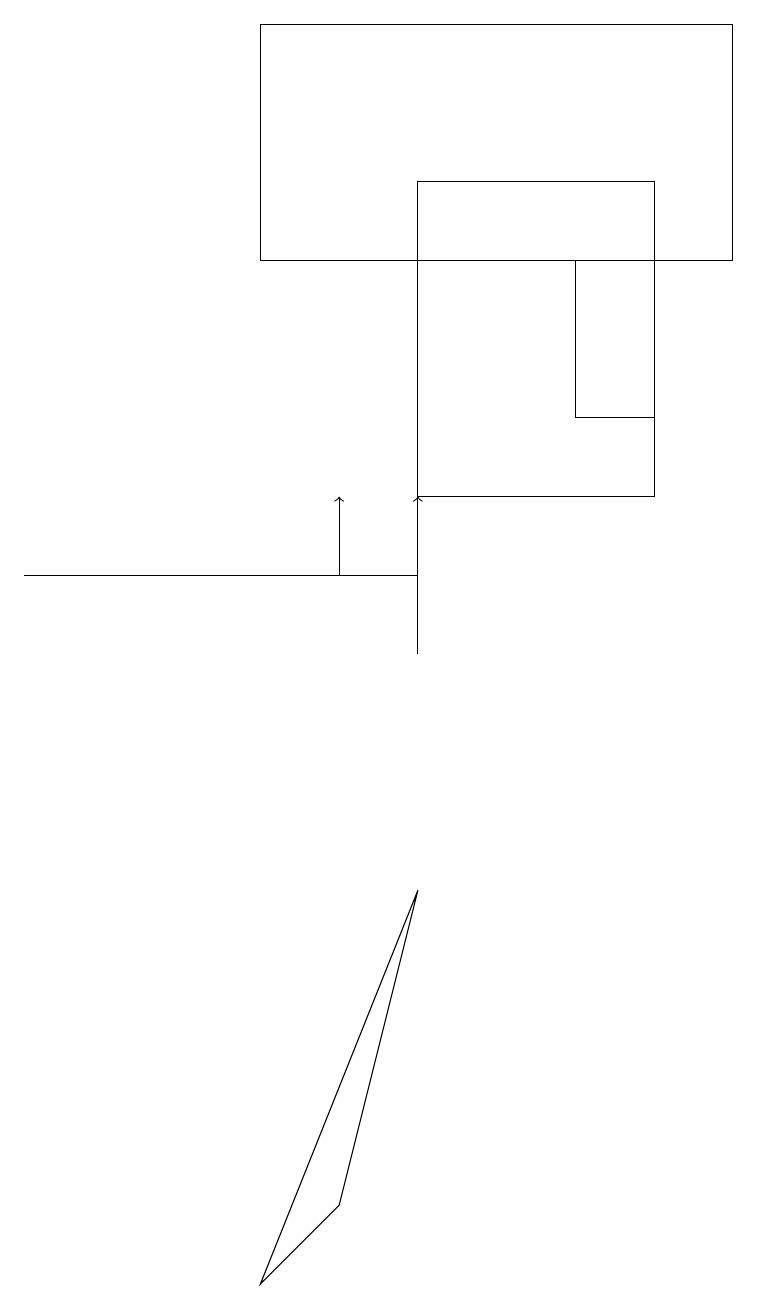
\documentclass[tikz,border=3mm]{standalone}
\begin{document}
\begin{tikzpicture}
\draw[->] (4,11) -- (4,12);
\draw (0,11) rectangle (5,11);
\draw (8,16) rectangle (5,12);
\draw (7,15) rectangle (8,13);
\draw (3,18) rectangle (9,15);
\draw[->] (5,10) -- (5,12);
\draw (5,7) -- (4,3) -- (3,2) -- cycle;
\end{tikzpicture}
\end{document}